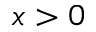
x > 0